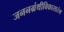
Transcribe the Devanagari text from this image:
जननग्रंथीविकासारंभ